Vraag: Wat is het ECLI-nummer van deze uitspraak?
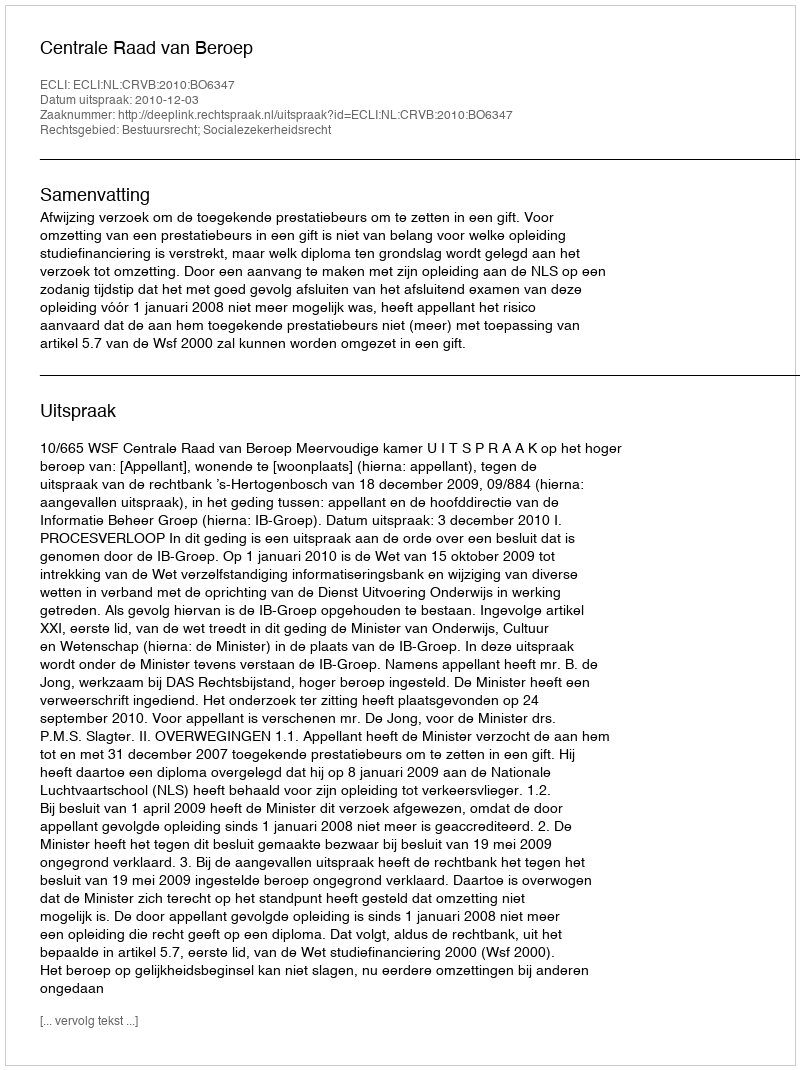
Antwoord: ECLI:NL:CRVB:2010:BO6347